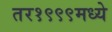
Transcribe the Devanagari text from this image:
तर१९९९मध्ये